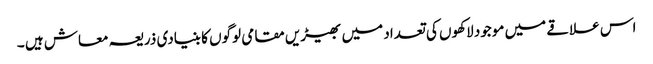
اس علاقے میں موجود لاکھوں کی تعداد میں بھیڑیں مقامی لوگوں کا بنیادی ذریعہ معاش ہیں ۔